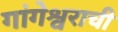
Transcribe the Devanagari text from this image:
गांगेश्वराची